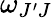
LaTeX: \omega_{J^{\prime}J}